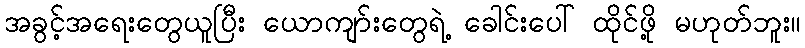
အခွင့်အရေးတွေယူပြီး ယောကျာ်းတွေရဲ့ ခေါင်းပေါ် ထိုင်ဖို့ မဟုတ်ဘူး။